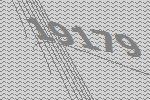
19179